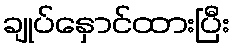
ချုပ်နှောင်ထားပြီး